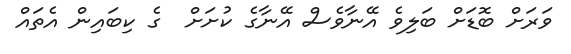
ވަރަށް ބޮޑަށް ބަލިވެ އޭނާވެސް އޭނާގެ ކުށަށް  ގެ ކިބައިން އެތައް